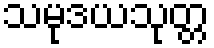
သမုဒယသုတ္တ